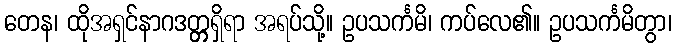
တေန၊ ထိုအရှင်နာဂဒတ္တ္တရှိရာ အရပ်သို့။ ဥပသင်္ကမိ၊ ကပ်လေ၏။ ဥပသင်္ကမိတွာ၊